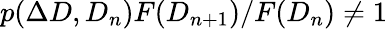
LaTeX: p(\Delta D,D_{n})F(D_{n+1})/F(D_{n})\neq 1